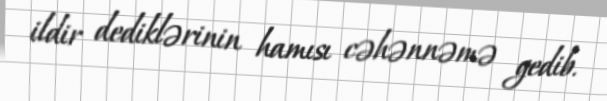
ildir dediklərinin hamısı cəhənnəmə gedib.